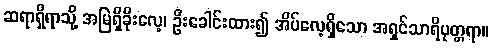
ဆရာရှိရာသို့ အမြဲရှိခိုးလေ့၊ ဦးခေါင်းထား၍ အိပ်လေ့ရှိသော အရှင်သာရိပုတ္တရာ။